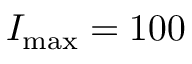
I _ { \mathrm { m a x } } = 1 0 0